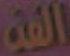
الفه